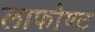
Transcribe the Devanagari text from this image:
लाफोण्ट